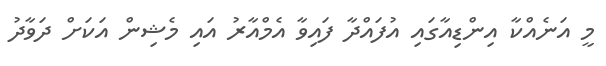
މީ އަނެއްކާ އިންޑިއާގައި އުފައްދާ ފައިވާ އެމްއާރު އައި މެޝިން އަކަށް ދަވާދު